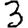
Digit: 3